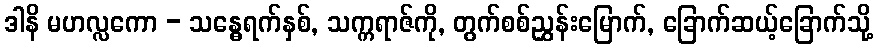
ဒါနိ မဟလ္လကော - သန္ဓေရက်နှစ်, သက္ကရာဇ်ကို, တွက်စစ်ညွှန်းမြောက်, ခြောက်ဆယ့်ခြောက်သို့